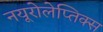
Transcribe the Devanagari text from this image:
नयूरोलेप्तिक्स